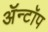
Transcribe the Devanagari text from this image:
ॲन्टॉप